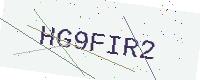
Text: HG9FIR2